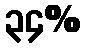
၃၄%